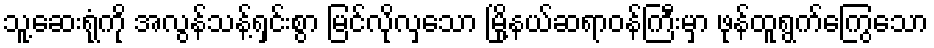
သူ့ဆေးရုံကို အလွန်သန့်ရှင်းစွာ မြင်လိုလှသော မြို့နယ်ဆရာဝန်ကြီးမှာ ဖုန်ထူရွက်ကြွေသော